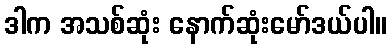
ဒါက အသစ်ဆုံး နောက်ဆုံးမော်ဒယ်ပါ။